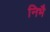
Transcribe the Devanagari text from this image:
निभै